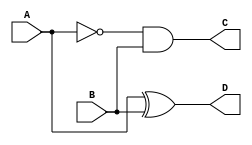
module H_SUBS(A,B,D,C);
input A,B;
output D,C;
assign D=A^B;
assign C=(~(A))&B;
endmodule